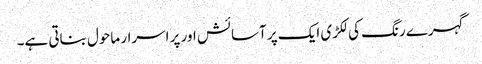
گہرے رنگ کی لکڑی ایک پر آسائش اور پر اسرار ماحول بناتی ہے۔